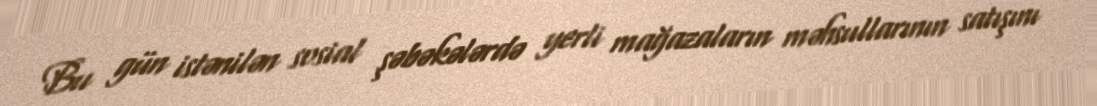
Bu gün istənilən sosial şəbəkələrdə yerli mağazaların məhsullarının satışını